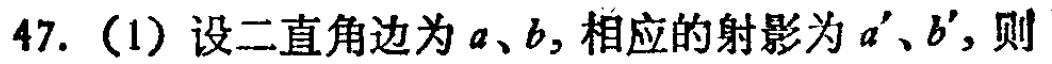
47.（1）设二直角边为\(a\)、\(b\)，相应的射影为\(a'\)、\(b'\)，则